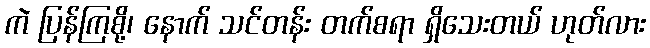
ကဲ ပြန်ကြစို့၊ နောက် သင်တန်း တက်စရာ ရှိသေးတယ် ဟုတ်လား